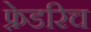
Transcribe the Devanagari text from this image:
फ़्रेडरिच